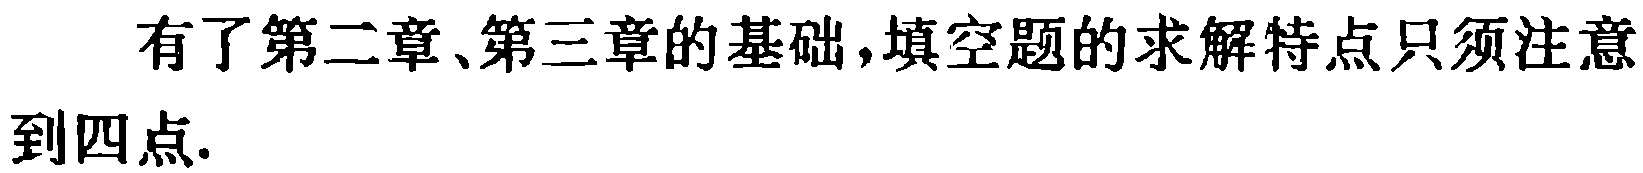
有了第二章、第三章的基础,填空题的求解特点只须注意到四点.